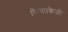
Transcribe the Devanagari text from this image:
किया।क्रेजी